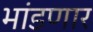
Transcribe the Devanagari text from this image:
भांडणार